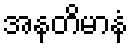
အနတိမာနံ